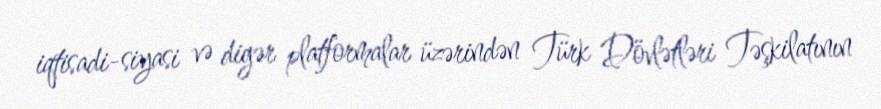
iqtisadi-siyasi və digər platformalar üzərindən Türk Dövlətləri Təşkilatının